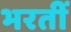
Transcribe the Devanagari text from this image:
भरतीं